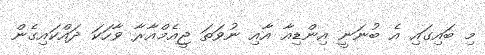
މި ބައިގައި އެ ބުނަނީ އިންޑިއާ އާއި ނުވަތަ ޖީއެމްއާރާ ވާހަކަ ދައްކައިގެން